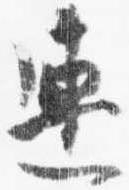
連